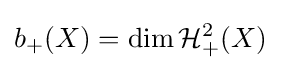
b_{+}(X)=\dim {\mathcal {H}}_{+}^{2}(X)